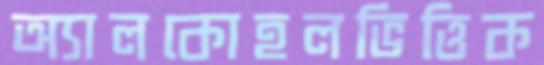
অ্যালকোহলভিত্তিক